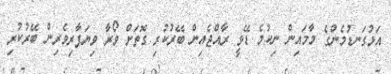
އަޅުގަނޑުމެންގެ މާމައިން ނިކުމެ ޑޭވީ ރާއްޖެއިން ބޭރުކުރި ގޮތަށް ވޯރާ ވިޔަފާރިވެރިން ބޭރުކުރި